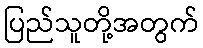
ပြည်သူတို့အတွက်